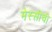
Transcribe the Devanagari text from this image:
मेस्सीची